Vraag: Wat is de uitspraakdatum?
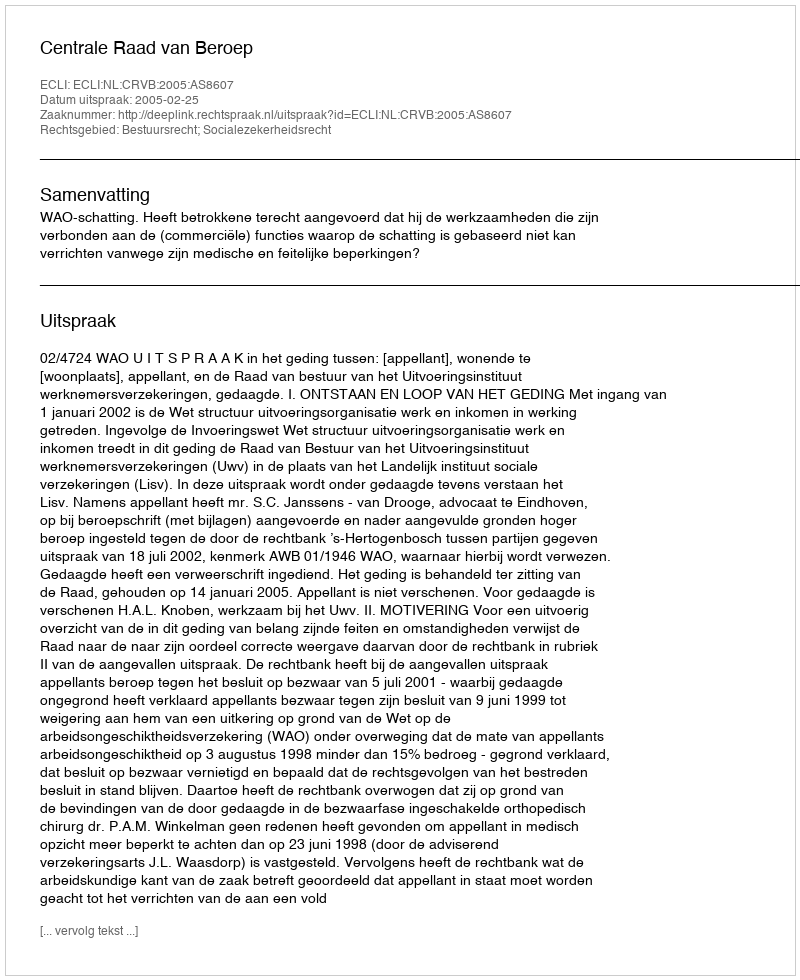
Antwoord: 2005-02-25